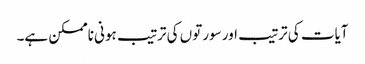
آیات کی ترتیب اور سورتوں کی ترتیب ہونی ناممکن ہے۔